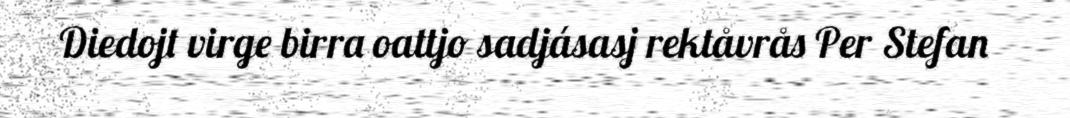
Diedojt virge birra oattjo sadjásasj rektåvrås Per Stefan